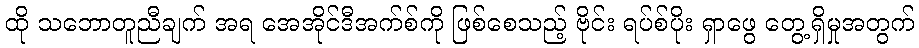
ထို သဘောတူညီချက် အရ အေအိုင်ဒီအက်စ်ကို ဖြစ်စေသည့် ဗိုင်း ရပ်စ်ပိုး ရှာဖွေ တွေ့ရှိမှုအတွက်